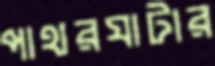
পাথরঘাটার